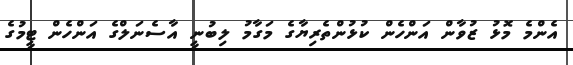
އެންމެ މޮޅު ޒުވާން އަންހެން ކުޅުންތެރިޔާގެ މަގާމު ލިބުނީ އާސެނަލްގެ އަންހެން ޓީމުގެ